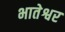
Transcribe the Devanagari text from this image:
भातेश्वर